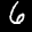
Label: 6